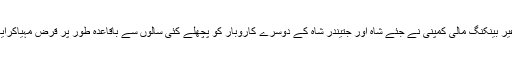
اس غیر بینکنگ مالی کمپنی نے جئے شاہ اور جتیندر شاہ کے دوسرے کاروبار کو پچھلے کئی سالوں سے باقاعدہ طور پر قرض مہیّاکرایا ہے۔